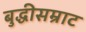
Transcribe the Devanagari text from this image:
बुद्धीसम्राट